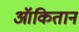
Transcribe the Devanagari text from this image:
ऑकितान